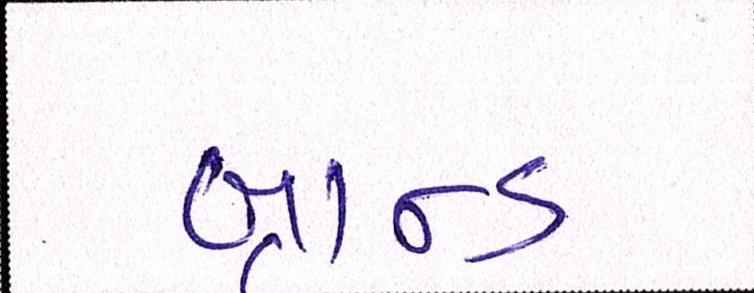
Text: બ્રાન્ડ